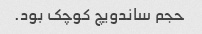
حجم ساندویچ کوچک بود.